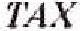
TAX